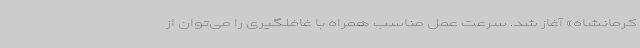
کرمانشاه» آغاز شد. سرعت عمل مناسب همراه با غافلگیری را می‌توان از